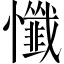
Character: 懺